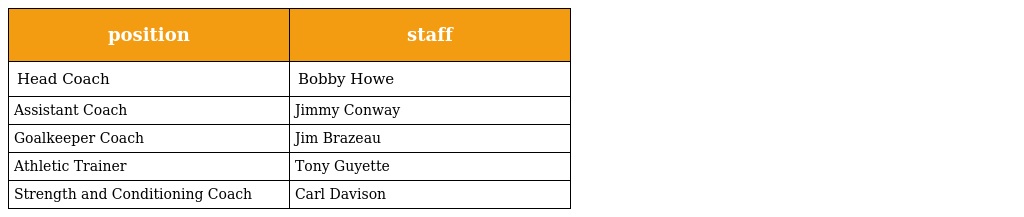
| position | staff |
 | --- | --- |
 | Head Coach | Bobby Howe |
 | Assistant Coach | Jimmy Conway |
 | Goalkeeper Coach | Jim Brazeau |
 | Athletic Trainer | Tony Guyette |
 | Strength and Conditioning Coach | Carl Davison |